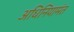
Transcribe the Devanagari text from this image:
अधिनियामंत